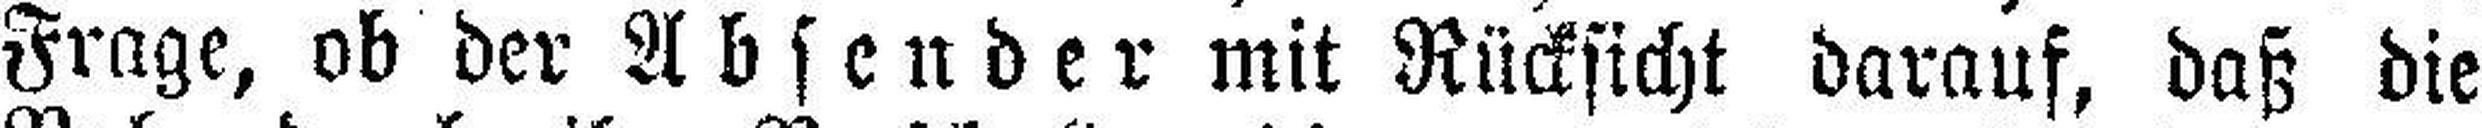
Frage, ob der Absender mit Rücksicht darauf, daß die